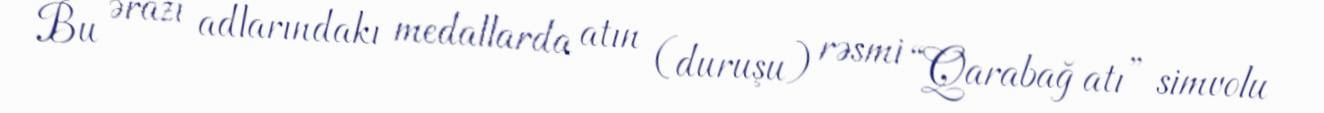
Bu ərazi adlarındakı medallarda atın (duruşu) rəsmi “Qarabağ atı” simvolu